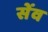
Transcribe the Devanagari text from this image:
सेंव